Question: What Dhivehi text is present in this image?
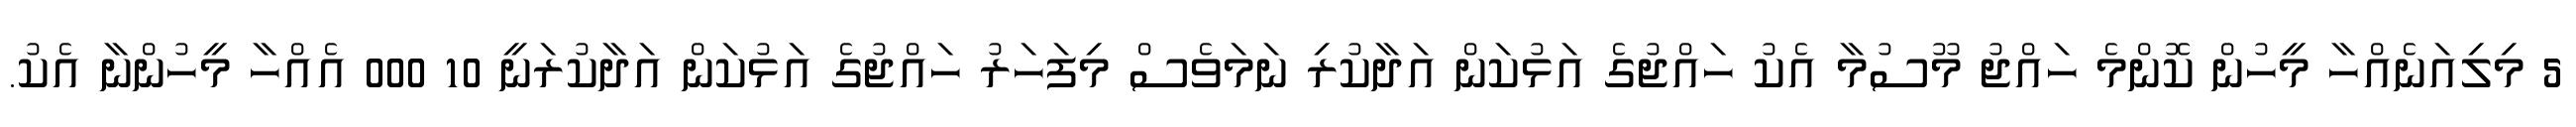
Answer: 5 މިލިއަނެއްހާ މީހުން ކޮންމެ ހައްޖު މޫސުމާ އެކު ހައްޖުގެ އަޅުކަން އަދާކުރި ނަމަވެސް މިފަހަރު ހައްޖުގެ އަޅުކަން އަދާކުރަނީ 10 000 އެއްހާ މީހުންނާ އެކު.